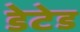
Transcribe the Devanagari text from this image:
डेटेड